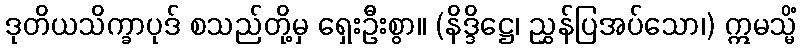
ဒုတိယသိက္ခာပုဒ် စသည်တို့မှ ရှေးဦးစွာ။ (နိဒ္ဒိဋ္ဌေ၊ ညွှန်ပြအပ်သော၊) ဣမသ္မိံ